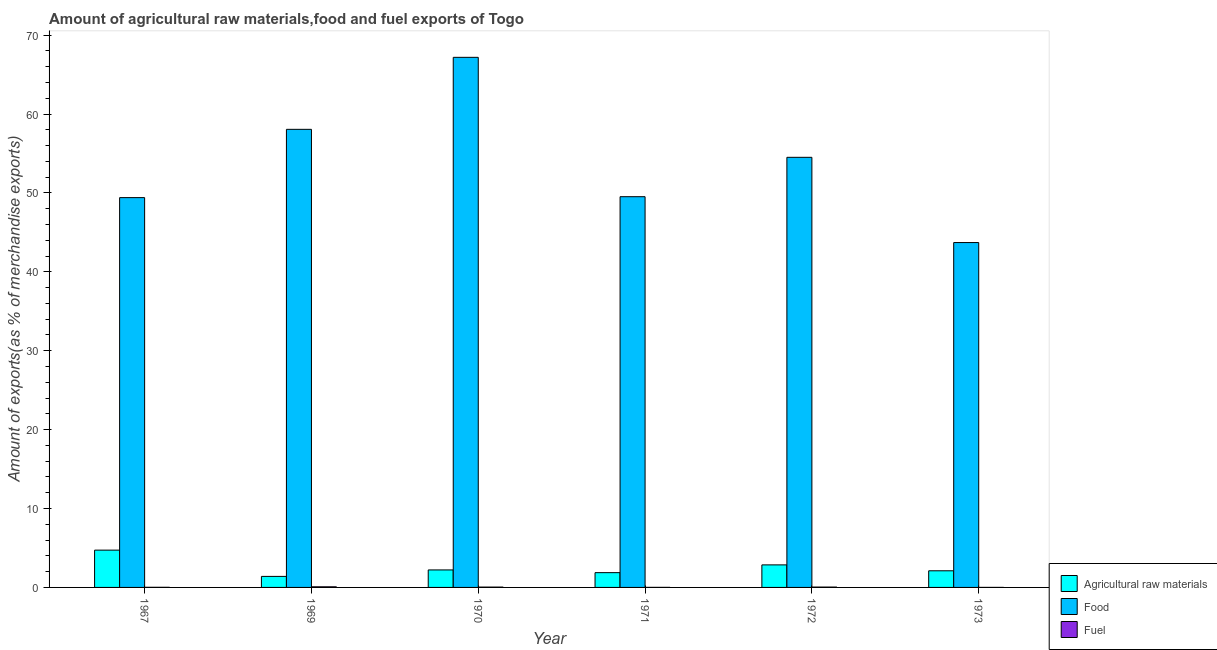
| Year | Agricultural raw materials | Food | Fuel |
 | --- | --- | --- | --- |
 | 1967 | 4.73 | 49.4 | 0.0159 |
 | 1969 | 1.4 | 58.1 | 0.0788 |
 | 1970 | 2.22 | 67.2 | 0.0424 |
 | 1971 | 1.87 | 49.5 | 0.00755 |
 | 1972 | 2.86 | 54.5 | 0.0456 |
 | 1973 | 2.11 | 43.7 | 0.00431 |